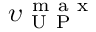
\upsilon _ { \mathrm { ~ U ~ P ~ } } ^ { \mathrm { ~ m ~ a ~ x ~ } }